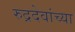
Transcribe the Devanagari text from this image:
रुद्रदेवांच्या